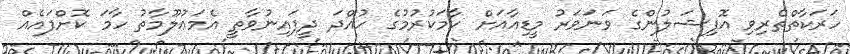
ހަރަކާތްތެރިވި އޮފިޝަލުންގެ ވަނަވަރު މީޑިއާއަށް ހާމަކުރުމުގެ ހުއްދަ ދީފައިނުވާތީ އެމަޢުލޫމާތު ހާމަ ކޮށްފައެއް